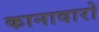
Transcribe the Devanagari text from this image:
कानावारो